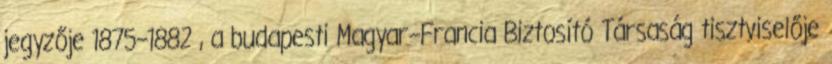
jegyzője 1875–1882 , a budapesti Magyar–Francia Biztosító Társaság tisztviselője